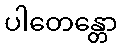
ပါတေန္တော